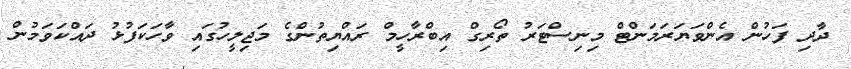
ދާދި ފަހުން އެންވަޔަރަމަންޓް މިނިސްޓަރު ތޯރިގް އިބްރާހީމް ރައްޔިތުންގެ މަޖިލީހުގައި ވާހަކަފުޅު ދައްކަވަމުން